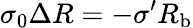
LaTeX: \sigma_{0}\Delta R=-\sigma^{\prime}R_{\mathrm{{b}}}